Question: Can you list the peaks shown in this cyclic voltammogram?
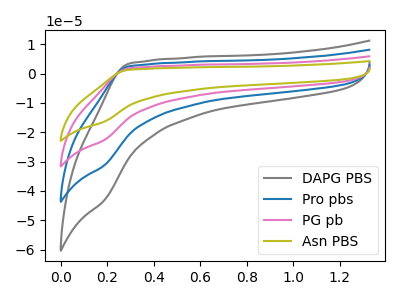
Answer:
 <answer>The gray curve "DAPG PBS" has no peaks. The blue curve "Pro pbs" has no peaks. The pink curve "PG pb" has no peaks. The olive curve "Asn PBS" has no peaks.</answer>
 <eval></eval>